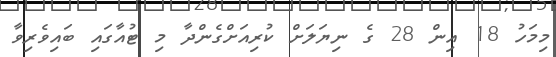
މިމަހު 18 އިން 28 ގެ ނިޔަލަށް ކުރިއަށްގެންދާ މި ޓުއާގައި ބައިވެރިވާ